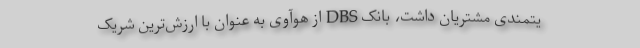
یتمندی مشتریان داشت، بانک DBS از هوآوی به عنوان با ارزش‌ترین شریک